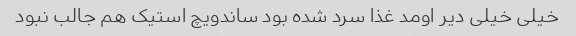
خیلی خیلی دیر اومد غذا سرد شده بود ساندویچ استیک هم جالب نبود